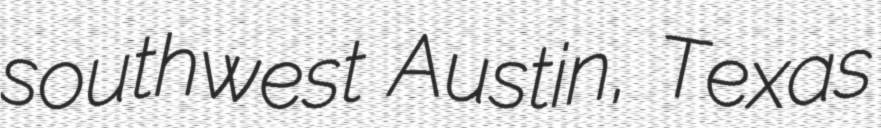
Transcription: southwest Austin, Texas